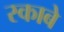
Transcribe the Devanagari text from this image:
स्काबे